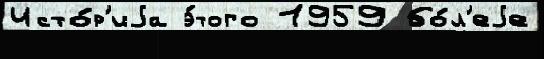
Исто́р'иjа э́того 1959 бо́л'еjе